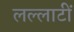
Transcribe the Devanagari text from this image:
लल्लाटीं